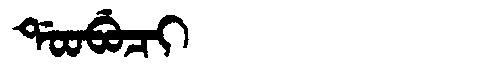
Manchu: ᡩᠣᠣᠪᡠᠴᡳ
Romanization: DOOBUCI